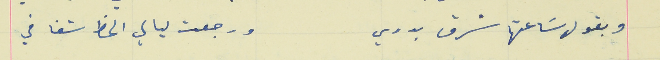
وبقول سَاعتها شرق بدري                                            ورجعت ليالي الحظ شفافي